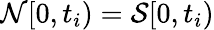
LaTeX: \mathcal{N}[0,t_{i})=\mathcal{S}[0,t_{i})